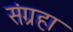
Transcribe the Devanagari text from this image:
संग्रहा